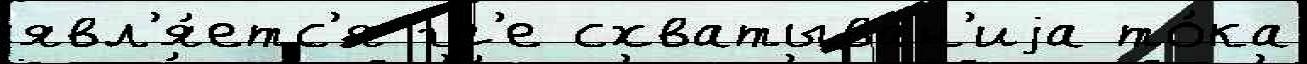
явл'я́етс'я гд'е схватыван'иjа то́ка